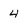
Character: 4